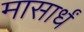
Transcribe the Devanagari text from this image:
मासार्धं